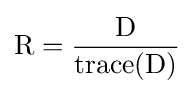
{\text{R}}={\frac {\text{D}}{{\text{trace}}({\text{D}})}}